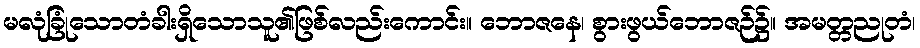
မလုံခြုံသောတံခါးရှိသောသူ၏ဖြစ်လည်းကောင်း။ ဘောဇနေ၊ စွားဖွယ်ဘောဇဉ်၌။ အမတ္တညုတံ၊